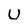
Character: U